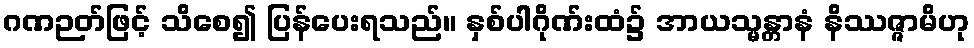
ဂဏဉတ်ဖြင့် သိစေ၍ ပြန်ပေးရသည်။ နှစ်ပါဂိုဏ်းထံ၌ အာယသ္မန္တာနံ နိဿဇ္ဇာမိဟု